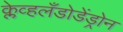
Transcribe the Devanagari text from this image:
क्लेव्हलँडोडेंड्रोन